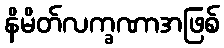
နိမိတ်လက္ခဏာအဖြစ်